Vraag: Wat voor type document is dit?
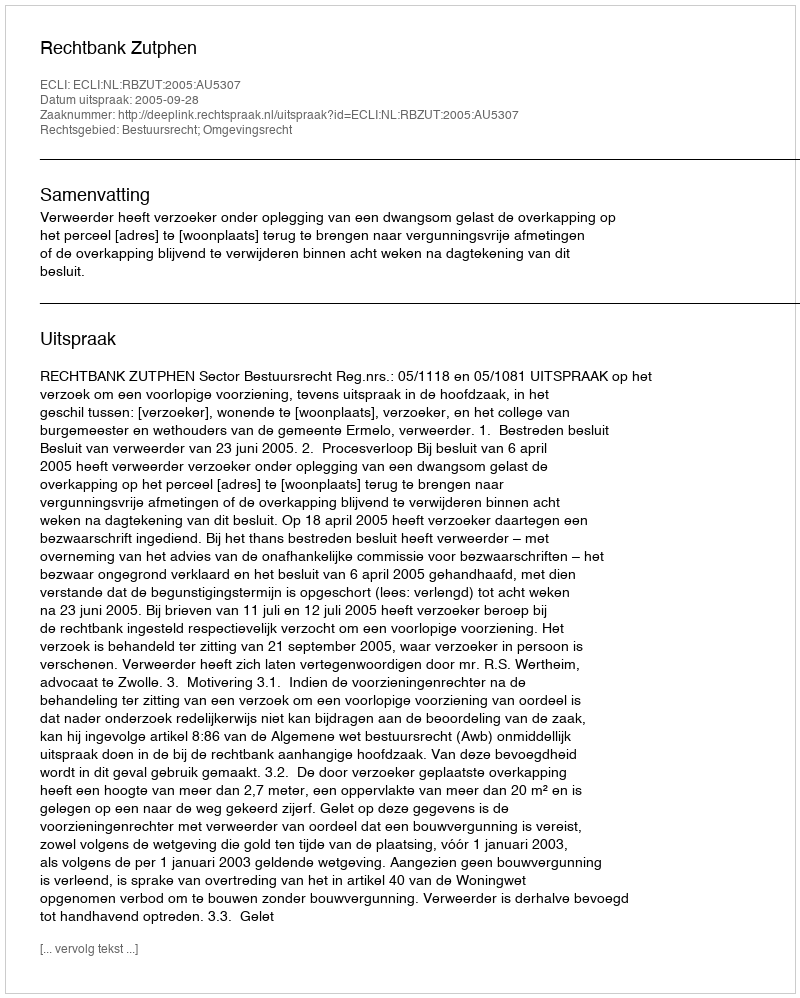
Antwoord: Uitspraak